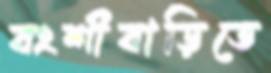
বংশীবাড়িতে